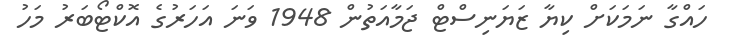
ހައްގާ ނަމަކަށް ކިޔާ ޒަޔަނިސްޓް ޖަމާއަތުން 1948 ވަނަ އަހަރުގެ އޮކްޓޯބަރު މަހު